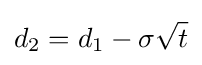
d_{2}=d_{1}-\sigma {\sqrt {t}}